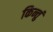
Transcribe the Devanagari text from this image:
किन्तुं